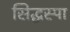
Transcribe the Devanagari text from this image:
सिद्धस्पा